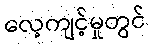
လေ့ကျင့်မှုတွင်